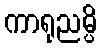
ကာရုညမ္ပိ